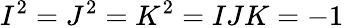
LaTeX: I^{2}=J^{2}=K^{2}=IJK=-1